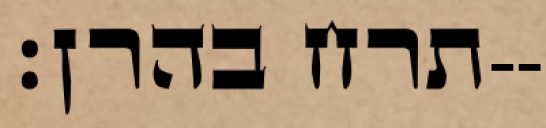
תרח בהרן׃--